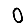
Digit: 0